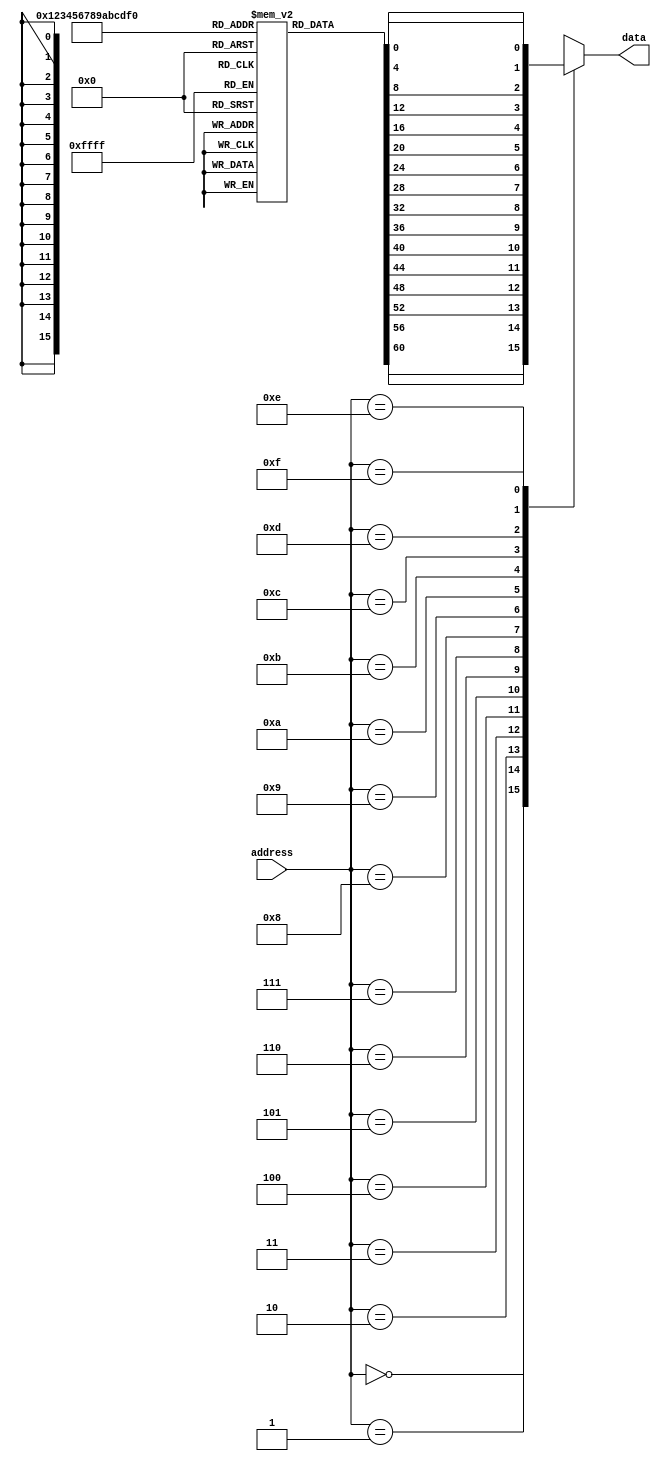
module fuse_rom (
  input wire [3:0] address,
  output reg data
);

reg [3:0] mem[0:15];

always @ (address) begin
  case(address)
    4'b0000: data = mem[0];
    4'b0001: data = mem[1];
    4'b0010: data = mem[2];
    4'b0011: data = mem[3];
    4'b0100: data = mem[4];
    4'b0101: data = mem[5];
    4'b0110: data = mem[6];
    4'b0111: data = mem[7];
    4'b1000: data = mem[8];
    4'b1001: data = mem[9];
    4'b1010: data = mem[10];
    4'b1011: data = mem[11];
    4'b1100: data = mem[12];
    4'b1101: data = mem[13];
    4'b1110: data = mem[14];
    4'b1111: data = mem[15];
  endcase
end

initial begin
  mem[0] = 1'b0;
  mem[1] = 1'b1;
  mem[2] = 1'b0;
  mem[3] = 1'b1;
  mem[4] = 1'b0;
  mem[5] = 1'b1;
  mem[6] = 1'b0;
  mem[7] = 1'b1;
  mem[8] = 1'b0;
  mem[9] = 1'b1;
  mem[10] = 1'b0;
  mem[11] = 1'b1;
  mem[12] = 1'b0;
  mem[13] = 1'b1;
  mem[14] = 1'b0;
  mem[15] = 1'b1;
end

endmodule